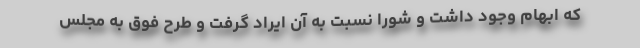
که ابهام وجود داشت و شورا نسبت به آن ایراد گرفت و طرح فوق به مجلس